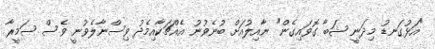
"އަޅުގަނޑު މިދަނީ ޝަބާ ގޮވައިގެން" ނާއިލުއަށް ބުނެވުނު އެއްޗަކާއިމެދު ވިސްނާލެވުނީ ވެސް ސަމީރާ